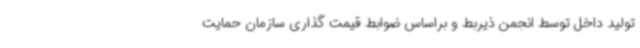
تولید داخل توسط انجمن ذیربط و براساس ضوابط قیمت گذاری سازمان حمایت